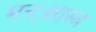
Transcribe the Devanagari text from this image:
मनःशास्त्र